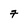
Character: 7